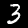
Label: 3